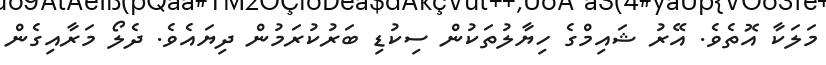
މަލަކާ އޮތެވެ. އޭރު ޝައިމްގެ ހިޔާލުތަކުން ސިކުޑި ބަރުކުރަމުން ދިޔައެވެ. ދެލޯ މަރާއިގެން